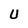
Character: U